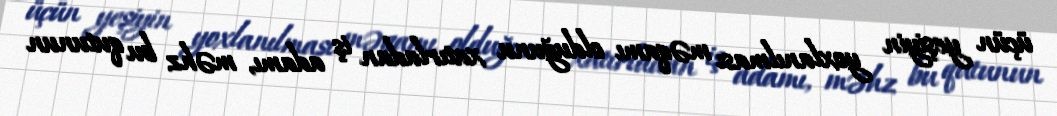
üçün yeşiyin yoxlanılması məqamı olduğunu xatırladan iş adamı, məhz bu qutunun